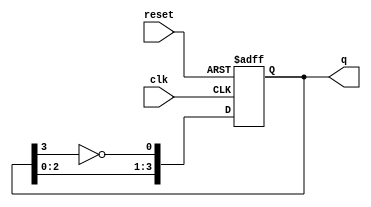
module johnson_counter #(
    parameter N = 4  // Number of flip-flops
) (
    input wire clk,       // Clock signal
    input wire reset,     // Asynchronous reset signal
    output reg [N-1:0] q // Output state of the counter
);

    // Internal signal for feedback
    wire feedback;

    // Assign feedback as the inverted output of the last flip-flop
    assign feedback = ~q[N-1];

    // Sequential logic for Johnson counter
    always @(posedge clk or posedge reset) begin
        if (reset) begin
            // Initialize the counter to 0 on reset
            q <= 0;
        end else begin
            // Shift operation with feedback
            q <= {q[N-2:0], feedback}; // Shift left and insert feedback
        end
    end

endmodule